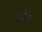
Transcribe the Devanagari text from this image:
प्रोटेया